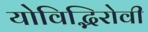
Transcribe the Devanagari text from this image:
योविद्भिरोवी